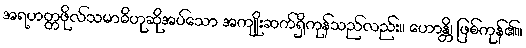
အရဟတ္တဖိုလ်သမာဓိဟုဆိုအပ်သော အကျိုးဆက်ရှိကုန်သည်လည်း။ ဟောန္တိ၊ ဖြစ်ကုန်၏။